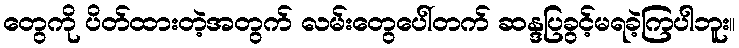
တွေကို ပိတ်ထားတဲ့အတွက် လမ်းတွေပေါ်တက် ဆန္ဒပြခွင့်မရခဲ့ကြပါဘူး။